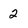
Character: 2